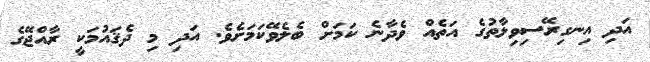
އަދި އިނގިރޭސިވިލާތުގެ އަތެއް ވެދާނެ ކަމަށް ބެލެވޭކަމަށެވެ. އަދި މި ދެޤައުމަކީ ރާއްޖޭގެ